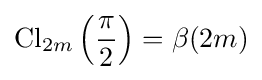
\operatorname {Cl} _{2m}\left({\frac {\pi }{2}}\right)=\beta (2m)